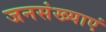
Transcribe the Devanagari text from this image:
जनसंख्याएं